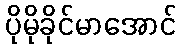
ပိုမိုခိုင်မာအောင်